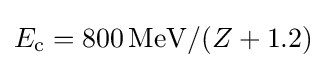
E_{\mathrm {c} }=800\,\mathrm {MeV} /(Z+1.2)